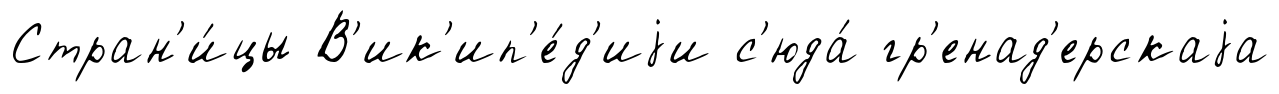
Стран'и́цы В'ик'ип'е́д'иjи с'юда́ гр'енад'ерскаjа